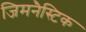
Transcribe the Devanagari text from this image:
जिमनैस्टिक